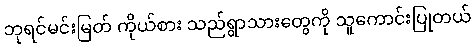
ဘုရင်မင်းမြတ် ကိုယ်စား သည်ရွာသားတွေကို သူကောင်းပြုတယ်